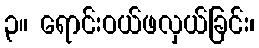
၃။ ရောင်းဝယ်ဖလှယ်ခြင်း၊